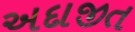
અદાજીત